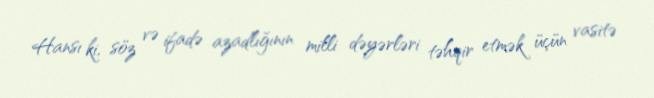
Hansı ki, söz və ifadə azadlığının milli dəyərləri təhqir etmək üçün vasitə